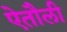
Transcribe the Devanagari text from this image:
ऐतौली